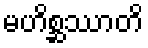
မဟိစ္ဆဿာတိ